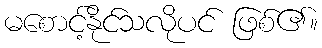
မစောင့်နိုင်သလိုပင် ဖြစ်၏။